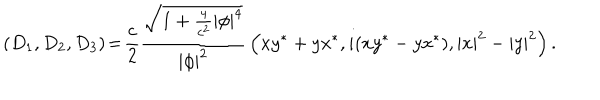
( D _ { 1 } , D _ { 2 } , D _ { 3 } ) \! = \! { \frac { c } { 2 } } { \frac { \sqrt { 1 + { \frac { 4 } { c ^ { 2 } } } | \phi | ^ { 4 } } } { | \phi | ^ { 2 } } } \left( x y ^ { * } + y x ^ { * } , i ( x y ^ { * } - y x ^ { * } ) , | x | ^ { 2 } - | y | ^ { 2 } \right) .